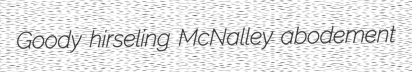
Goody hirseling McNalley abodement